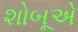
શોબૂએ